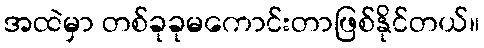
အထဲမှာ တစ်ခုခုမကောင်းတာဖြစ်နိုင်တယ်။